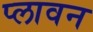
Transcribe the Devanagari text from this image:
प्‍लावन